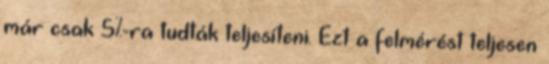
már csak 5%-ra tudták teljesíteni. Ezt a felmérést teljesen